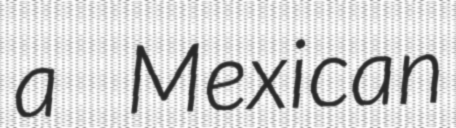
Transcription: a Mexican